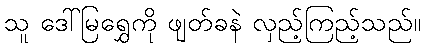
သူ ဒေါ်မြရွှေကို ဖျတ်ခနဲ လှည့်ကြည့်သည်။